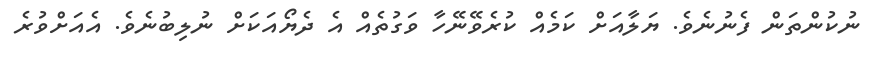
ނުކުންތަން ފެނުނެވެ. ޔަލާއަށް ކަމެއް ކުރެވޭނޭހާ ވަގުތެއް އެ ދެޔޯއަކަށް ނުލިބުނެވެ. އެއަށްވުރެ